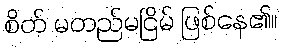
စိတ် မတည်မငြိမ် ဖြစ်နေ၏။